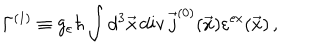
LaTeX: \Gamma ^ { ( 1 ) } \equiv g _ { \varepsilon } \hbar \int d ^ { 3 } \vec { x } \, \mathrm { d i v } \, \vec { j } ^ { ( 0 ) } ( \vec { x } ) \varepsilon ^ { \mathrm { e x } } ( \vec { x } ) \, ,